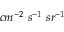
c m ^ { - 2 } \ s ^ { - 1 } \ s r ^ { - 1 }